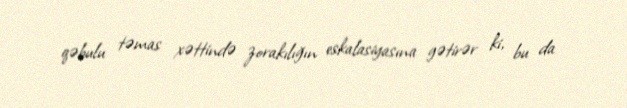
qəbulu təmas xəttində zorakılığın eskalasiyasına gətirər ki, bu da